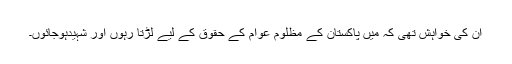
ان کی خواہش تھی کہ میں پاکستان کے مظلوم عوام کے حقوق کے لیے لڑتا رہوں اور شہیدہوجائوں۔